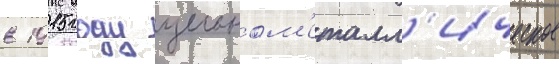
в 1915 году цельном'еталл'ическое